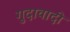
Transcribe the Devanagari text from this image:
गुदावादी